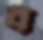
ব